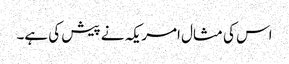
اس کی مثال امریکہ نے پیش کی ہے۔